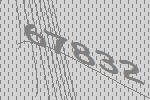
67832